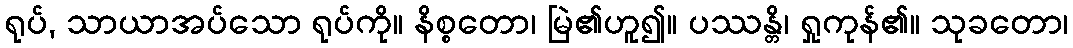
ရုပ်, သာယာအပ်သော ရုပ်ကို။ နိစ္စတော၊ မြဲ၏ဟူ၍။ ပဿန္တိ၊ ရှုကုန်၏။ သုခတော၊